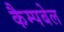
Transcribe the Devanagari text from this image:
कैम्‍पबेल